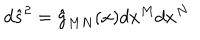
d { \hat { s } } ^ { 2 } = { \hat { g } } _ { M N } ( x ) d x ^ { M } d x ^ { N }